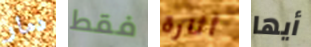
دمار فقط أثارة أيها